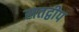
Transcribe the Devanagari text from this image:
सतद्वीप